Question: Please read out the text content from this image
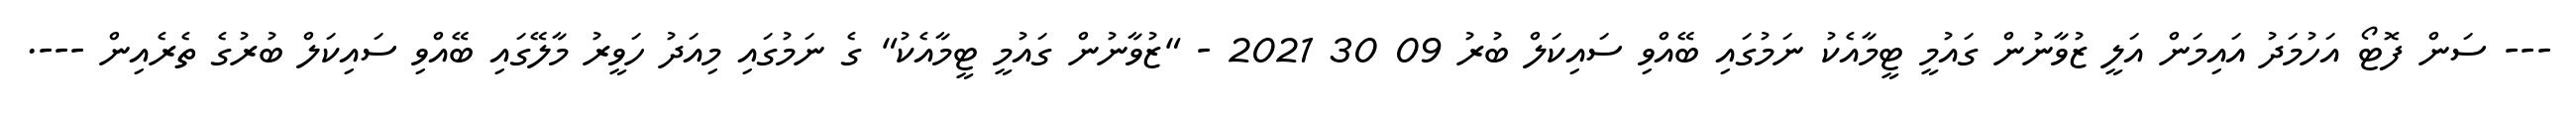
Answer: --- ސަން ފޮޓޯ އަހުމަދު އައިމަން އަލީ ޒުވާނުން ގައުމީ ޓީމާއެކު ނަމުގައި ބޭއްވި ސައިކަލް ބުރު 09 30 2021 - "ޒުވާނުން ގައުމީ ޓީމާއެކު" ގެ ނަމުގައި މިއަދު ހަވީރު މާލޭގައި ބޭއްވި ސައިކަލް ބުރުގެ ތެރެއިން ---.